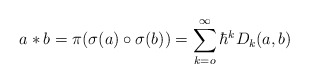
\begin{align*}a\ast b=\pi(\sigma (a)\circ \sigma(b))=\sum_{k=o}^{\infty}\hbar^kD_k(a,b)\,\end{align*}